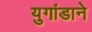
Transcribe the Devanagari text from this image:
युगांडाने